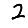
Digit: 2